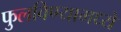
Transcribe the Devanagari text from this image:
फुलविण्यामध्ये